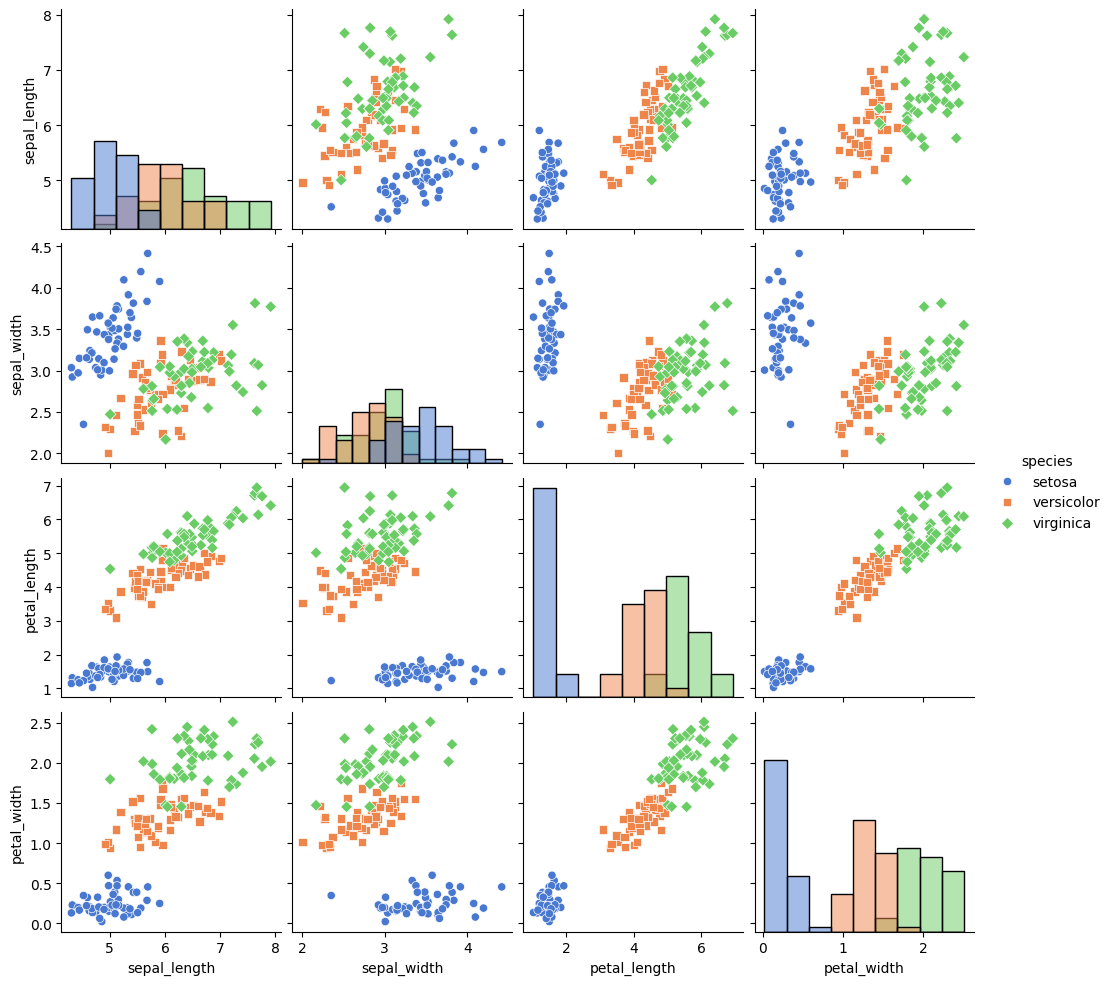
python, seaborn, pairplot, palette='muted', markers=['o', 's', 'D'], kind='scatter', diag_kind='hist'